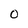
Character: 0